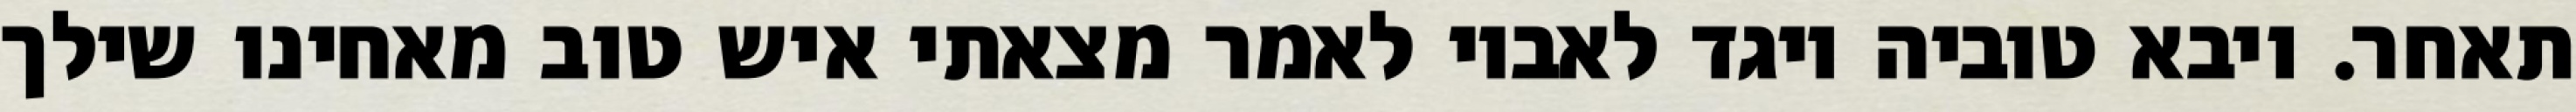
תאחר. ויבא טוביה ויגד לאביו לאמר מצאתי איש טוב מאחינו שילך